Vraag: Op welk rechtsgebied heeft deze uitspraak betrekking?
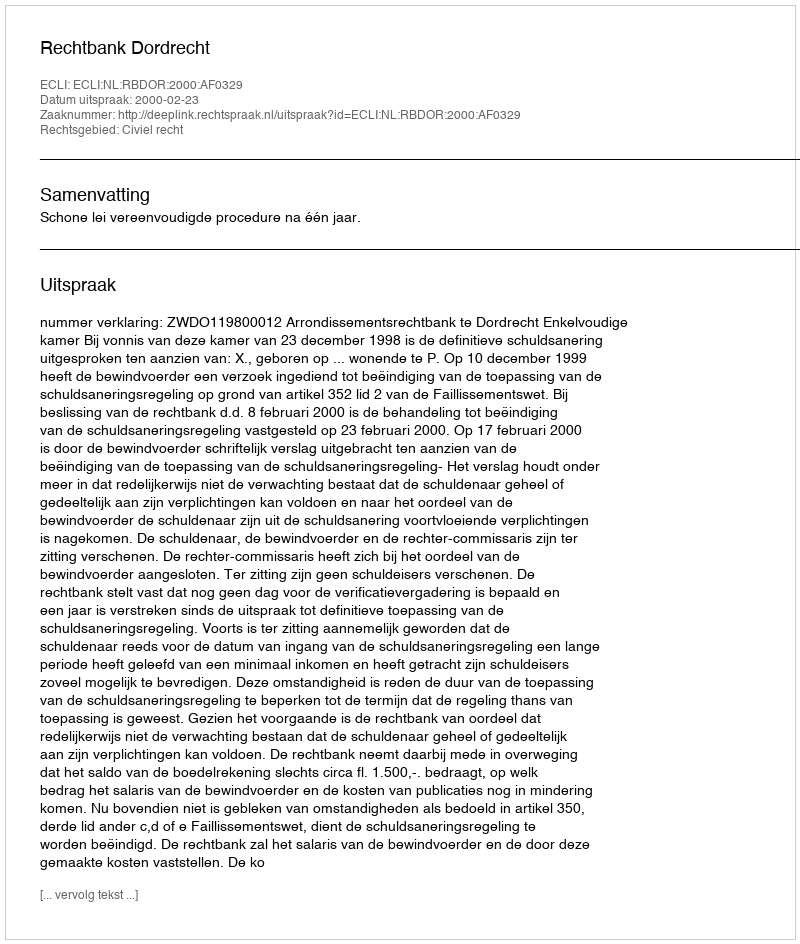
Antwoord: Civiel recht